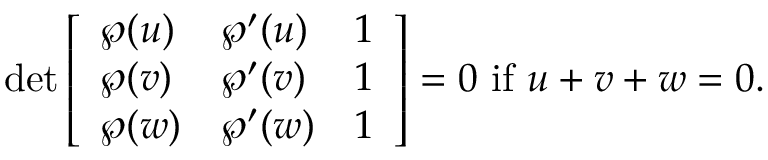
\operatorname* { d e t } { \left[ \begin{array} { l l l } { \wp ( u ) } & { \wp ^ { \prime } ( u ) } & { 1 } \\ { \wp ( v ) } & { \wp ^ { \prime } ( v ) } & { 1 } \\ { \wp ( w ) } & { \wp ^ { \prime } ( w ) } & { 1 } \end{array} \right] } = 0 { \mathrm { ~ i f ~ } } u + v + w = 0 .